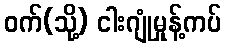
ဝက်(သို့) ငါးဂျုံမှုန့်ကပ်